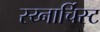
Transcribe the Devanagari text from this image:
स्य्नार्चिस्ट